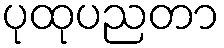
ပုထုပညတာ